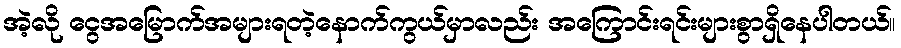
အဲ့လို ငွေအမြောက်အများရတဲ့နောက်ကွယ်မှာလည်း အကြောင်းရင်းများစွာရှိနေပါတယ်။